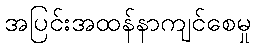
အပြင်းအထန်နာကျင်စေမှု